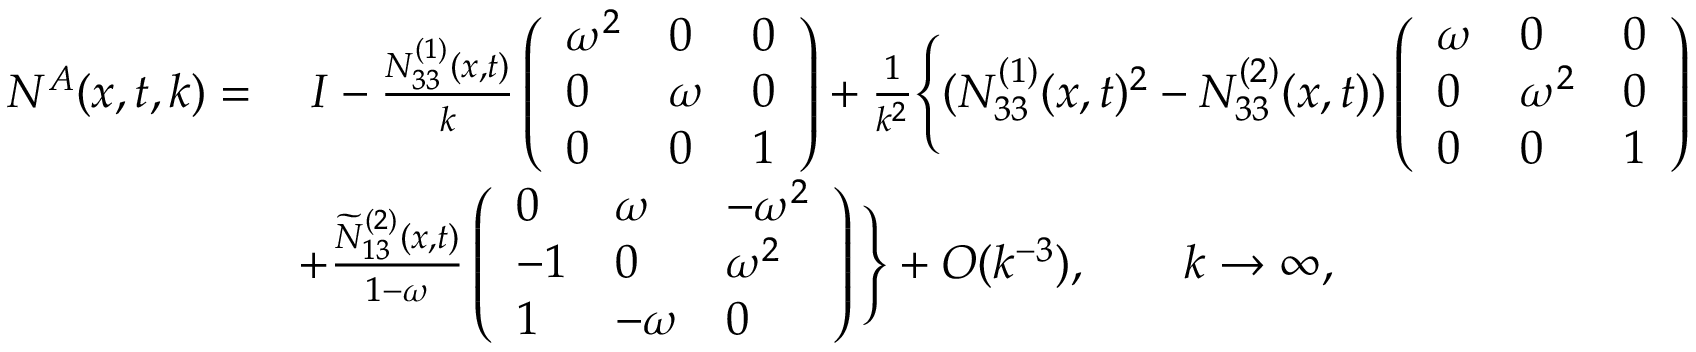
\begin{array} { r l } { N ^ { A } ( x , t , k ) = } & { \; I - \frac { N _ { 3 3 } ^ { ( 1 ) } ( x , t ) } { k } \left( \begin{array} { l l l } { \omega ^ { 2 } } & { 0 } & { 0 } \\ { 0 } & { \omega } & { 0 } \\ { 0 } & { 0 } & { 1 } \end{array} \right) + \frac { 1 } { k ^ { 2 } } \Bigg \{ ( N _ { 3 3 } ^ { ( 1 ) } ( x , t ) ^ { 2 } - N _ { 3 3 } ^ { ( 2 ) } ( x , t ) ) \left( \begin{array} { l l l } { \omega } & { 0 } & { 0 } \\ { 0 } & { \omega ^ { 2 } } & { 0 } \\ { 0 } & { 0 } & { 1 } \end{array} \right) } \\ & { + \frac { \widetilde { N } _ { 1 3 } ^ { ( 2 ) } ( x , t ) } { 1 - \omega } \left( \begin{array} { l l l } { 0 } & { \omega } & { - \omega ^ { 2 } } \\ { - 1 } & { 0 } & { \omega ^ { 2 } } \\ { 1 } & { - \omega } & { 0 } \end{array} \right) \Bigg \} + O ( k ^ { - 3 } ) , \qquad k \to \infty , } \end{array}